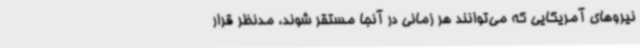
نیروهای آمریکایی که می‌توانند هر زمانی در آنجا مستقر شوند، مدنظر قرار